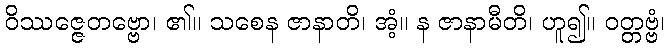
ဝိဿဇ္ဇေတဗ္ဗော၊ ၏။ သစေန ဇာနာတိ၊ အံ့။ န ဇာနာမီတိ၊ ဟူ၍။ ဝတ္တဗ္ဗံ၊